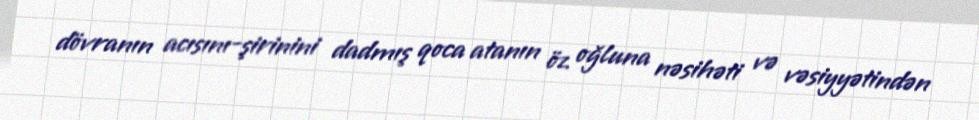
dövranın acısını-şirinini dadmış qoca atanın öz oğluna nəsihəti və vəsiyyətindən